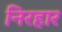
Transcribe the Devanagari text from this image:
निरहार